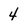
Character: 4